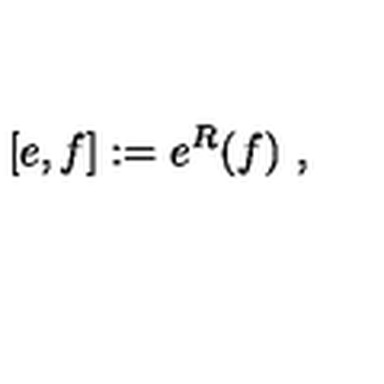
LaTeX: [ e , f ] : = e ^ { R } ( f ) \ ,